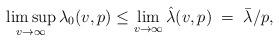
LaTeX: \begin{align*} \limsup_{v\rightarrow\infty}\lambda_0(v,p)\leq\lim_{v\rightarrow\infty}\hat\lambda(v,p)\;=\;\bar{\lambda}/p, \end{align*}